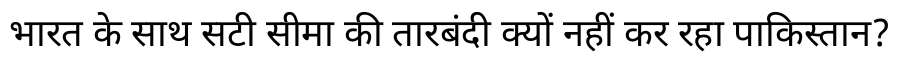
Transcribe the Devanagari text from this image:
भारत के साथ सटी सीमा की तारबंदी क्यों नहीं कर रहा पाकिस्तान?